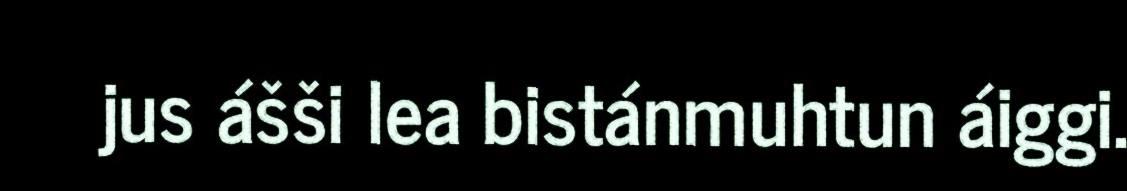
jus ášši lea bistánmuhtun áiggi.